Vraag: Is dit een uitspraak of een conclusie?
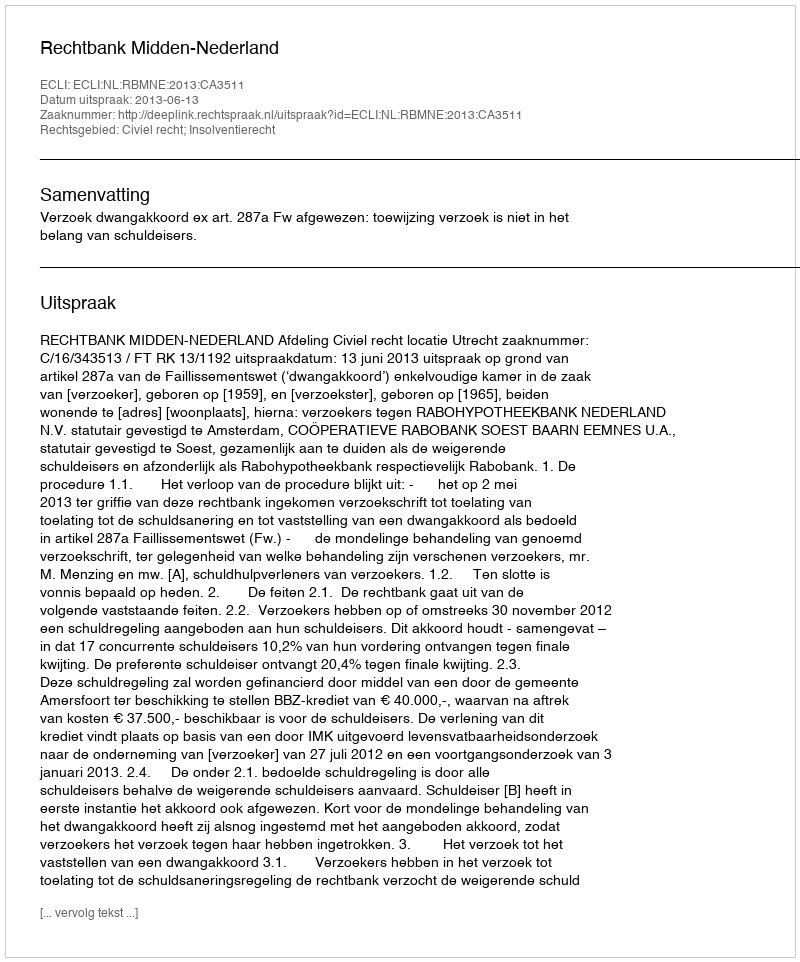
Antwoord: Uitspraak